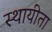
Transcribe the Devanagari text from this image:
स्थायीता